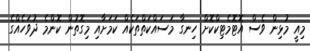
މިއީ މުޅިން ވެސް އޮޓޮމެޓިކްކޮށް ހިނގާ މަސައްކަތްތަކެއް ކަމަށާއި މިގޮތުން ކޮންމެ ދުވަހެއްގެ